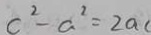
c ^ { 2 } - a ^ { 2 } = 2 a c